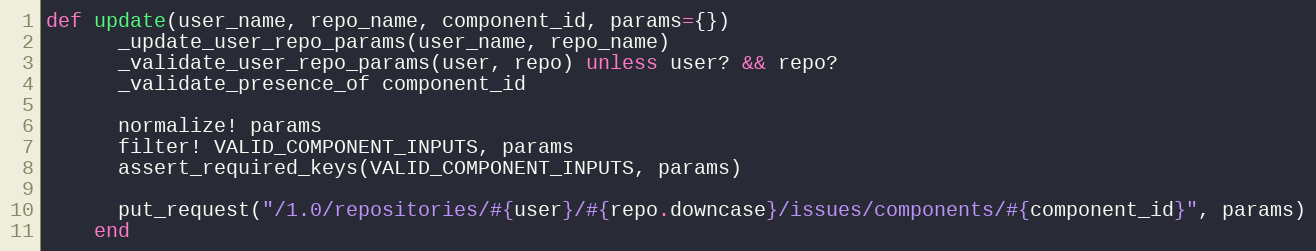
Language: Ruby
def update(user_name, repo_name, component_id, params={})
      _update_user_repo_params(user_name, repo_name)
      _validate_user_repo_params(user, repo) unless user? && repo?
      _validate_presence_of component_id

      normalize! params
      filter! VALID_COMPONENT_INPUTS, params
      assert_required_keys(VALID_COMPONENT_INPUTS, params)

      put_request("/1.0/repositories/#{user}/#{repo.downcase}/issues/components/#{component_id}", params)
    end